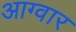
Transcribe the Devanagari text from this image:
आग्वार